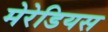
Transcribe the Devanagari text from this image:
मेरेडियस